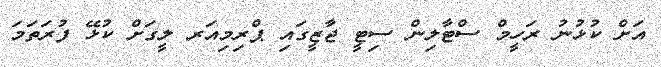
އަށް ކުޅުނު ރަހީމް ސްޓާލިން ސިޓީ ޖާޒީގައި ޕްރިމިއަރ ލީގަށް ކުޅޭ ފުރަތަމަ